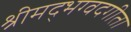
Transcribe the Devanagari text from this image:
श्रीमद्भग्वदगीता